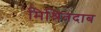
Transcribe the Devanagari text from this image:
मिश्रितदाब